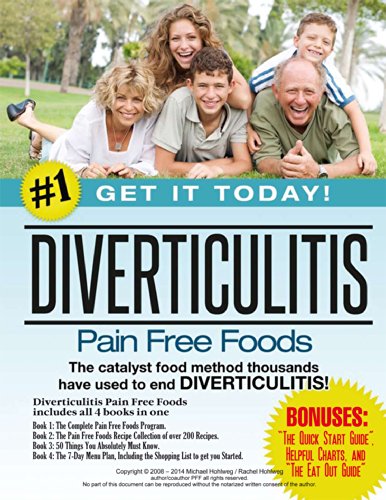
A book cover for Diverticulitis Pain Free Foods 4 Book Bundle: Diverticulitis Diet Program, Recipe Book, Meal Plans, and 50 Essential Tips For Recovery; Michael Hohlweg; Health, Fitness & Dieting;